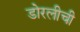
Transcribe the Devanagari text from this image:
डोरलीची